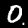
Label: 0